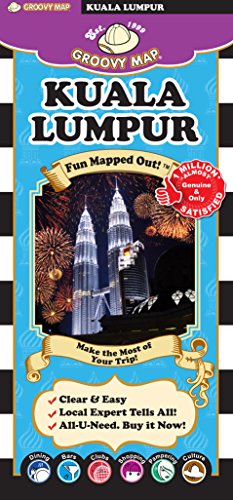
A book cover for Groovy Kuala Lumpur; Aaron Frankel; Travel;